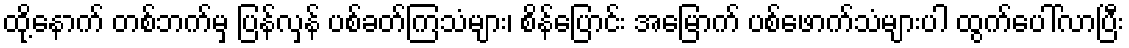
ထို့နောက် တစ်ဘက်မှ ပြန်လှန် ပစ်ခတ်ကြသံများ၊ စိန်ပြောင်း အမြောက် ပစ်ဖောက်သံများပါ ထွက်ပေါ်လာပြီး